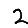
Digit: 2